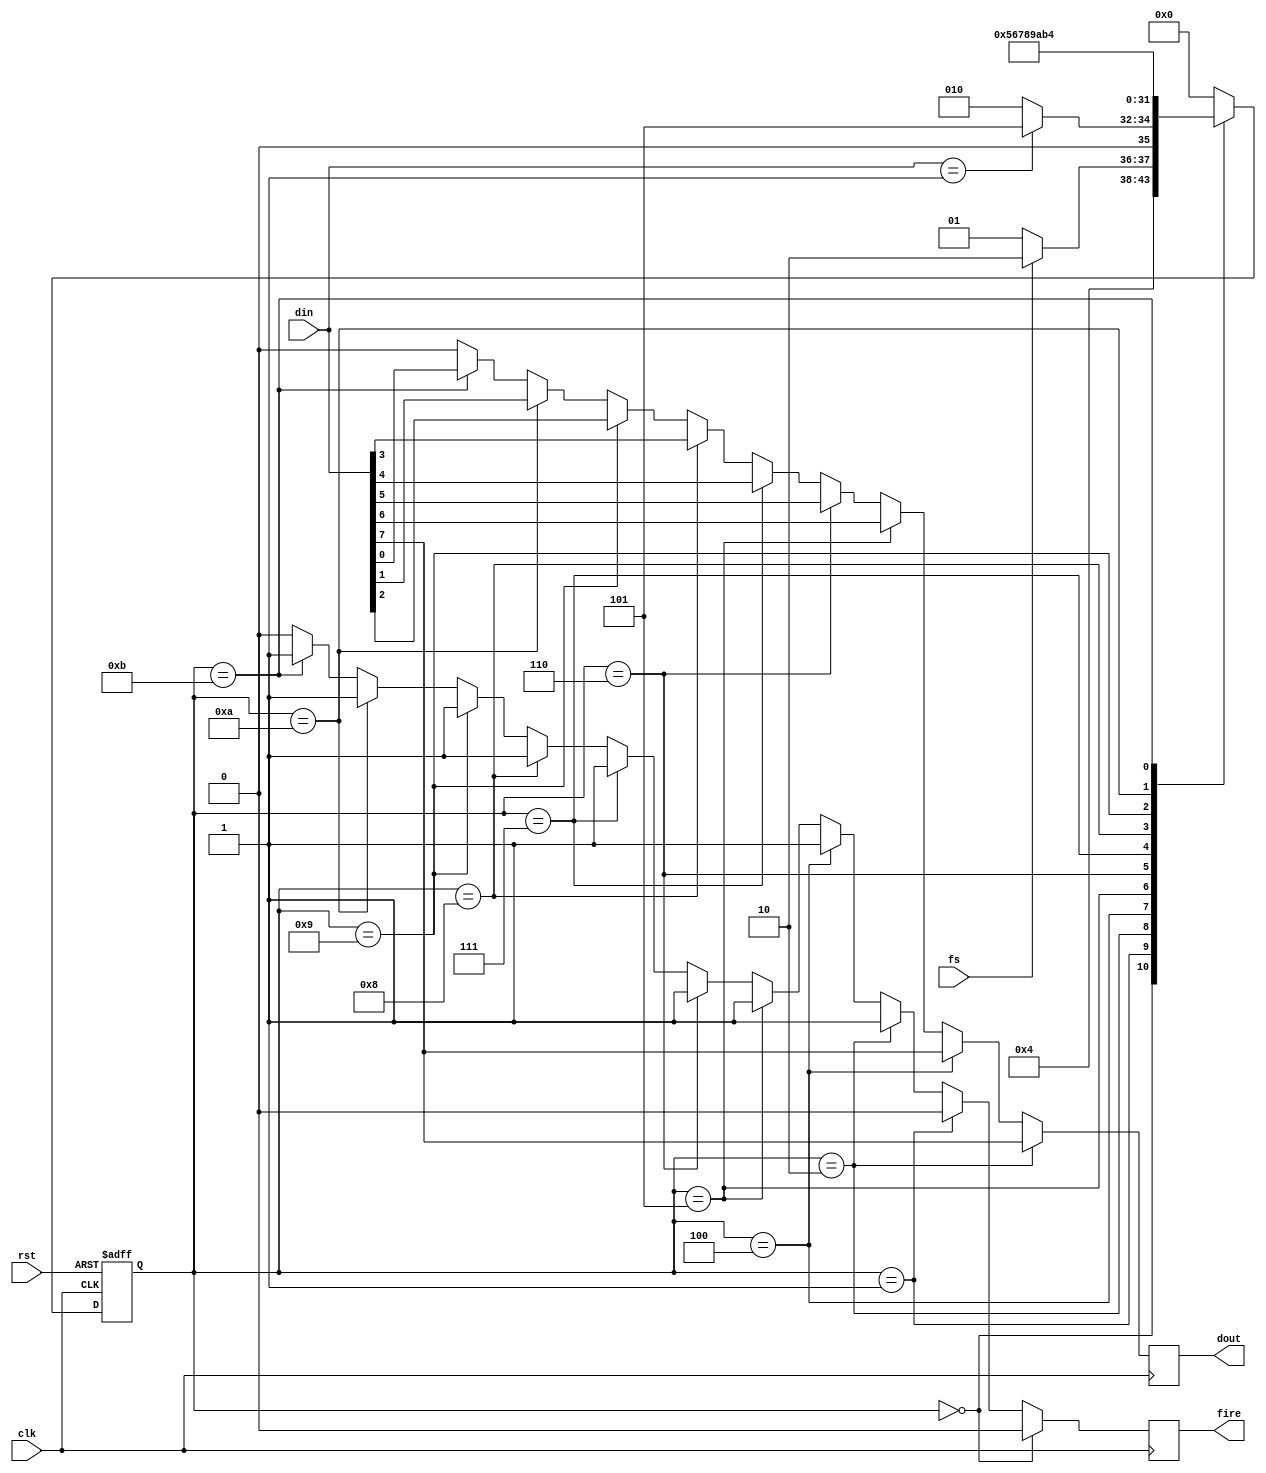
module com_txf(
    input clk,
    input rst,

    input fs,

    output reg fire,
    input [7:0] din,
    output reg dout
);

    localparam SYNC_DATA = 8'h01;

    reg [3:0] state; 
    reg [7:0] next_state;
    localparam IDLE = 8'h00, WAIT = 8'h01, WORK = 8'h02, DONE = 8'h03;
    localparam W0 = 8'h04, W1 = 8'h05, W2 = 8'h06, W3 = 8'h07;
    localparam W4 = 8'h08, W5 = 8'h09, W6 = 8'h0A, W7 = 8'h0B;
    localparam G0 = 8'h14, G1 = 8'h15, G2 = 8'h16, G3 = 8'h17;
    localparam G4 = 8'h18, G5 = 8'h19, G6 = 8'h1A, G7 = 8'h1B;

    
    always@(posedge clk or posedge rst) begin
        if(rst) state <= IDLE;
        else state <= next_state;
    end

    always@(*) begin
        case(state)
            IDLE: next_state <= WAIT;
            WAIT: begin
                if(fs) next_state <= WORK;
                else next_state <= WAIT;
            end
            WORK: begin
                if(din == SYNC_DATA) next_state <= W1;
                else next_state <= WORK;
            end
            W0: next_state <= W1;
            W1: next_state <= W2;
            W2: next_state <= W3;
            W3: next_state <= W4;
            W4: next_state <= W5;
            W5: next_state <= W6;
            W6: next_state <= W7;
            W7: begin
                if(~fs) next_state <= G0;
                else next_state <= W0;
            end
            G0: next_state <= G1;
            G1: next_state <= G2;
            G2: next_state <= G3;
            G3: next_state <= G4;
            G4: next_state <= G5;
            G5: next_state <= G6;
            G6: next_state <= G7;
            G7: next_state <= DONE;
            DONE: next_state <= IDLE;
            default: next_state <= IDLE;
        endcase
    end

    always@(posedge clk) begin
        if(state == WORK) dout <= din[7];
        else if(state == W0) dout <= din[7];
        else if(state == W1) dout <= din[6];
        else if(state == W2) dout <= din[5];
        else if(state == W3) dout <= din[4];
        else if(state == W4) dout <= din[3];
        else if(state == W5) dout <= din[2];
        else if(state == W6) dout <= din[1];
        else if(state == W7) dout <= din[0];
        else dout <=  1'b0;
    end 

    always@(posedge clk) begin
        if(state == IDLE) fire <= 1'b0;
        else if(state == WAIT) fire <= 1'b0;
        else if(state == WORK) fire <= 1'b1;
        else if(state == W0) fire <= 1'b1;
        else if(state == W1) fire <= 1'b1;
        else if(state == W2) fire <= 1'b1;
        else if(state == W3) fire <= 1'b1;
        else if(state == W4) fire <= 1'b1;
        else if(state == W5) fire <= 1'b1;
        else if(state == W6) fire <= 1'b1;
        else if(state == W7) fire <= 1'b1;
        else if(state == G0) fire <= 1'b1;
        else if(state == G1) fire <= 1'b1;
        else if(state == G2) fire <= 1'b1;
        else if(state == G3) fire <= 1'b1;
        else if(state == G4) fire <= 1'b1;
        else if(state == G5) fire <= 1'b1;
        else if(state == G6) fire <= 1'b1;        
        else if(state == G7) fire <= 1'b1;
        else fire <= 1'b0;
    end 

endmodule